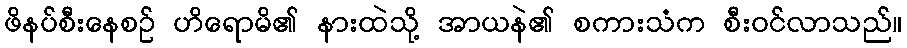
ဖိနပ်စီးနေစဉ် ဟိရောမိ၏ နားထဲသို့ အာယနဲ၏ စကားသံက စီးဝင်လာသည်။